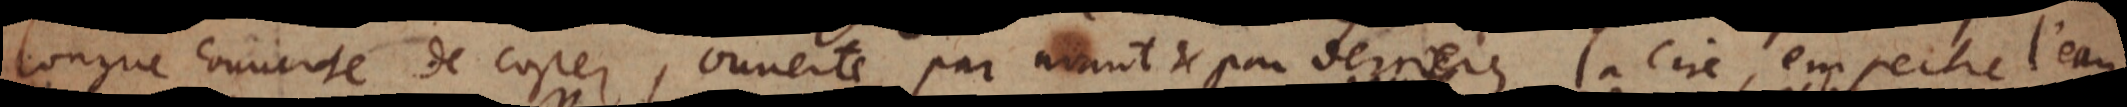
longue couuerte de costez, ouuerte par avant et par derriere, la cire empeche l’eau